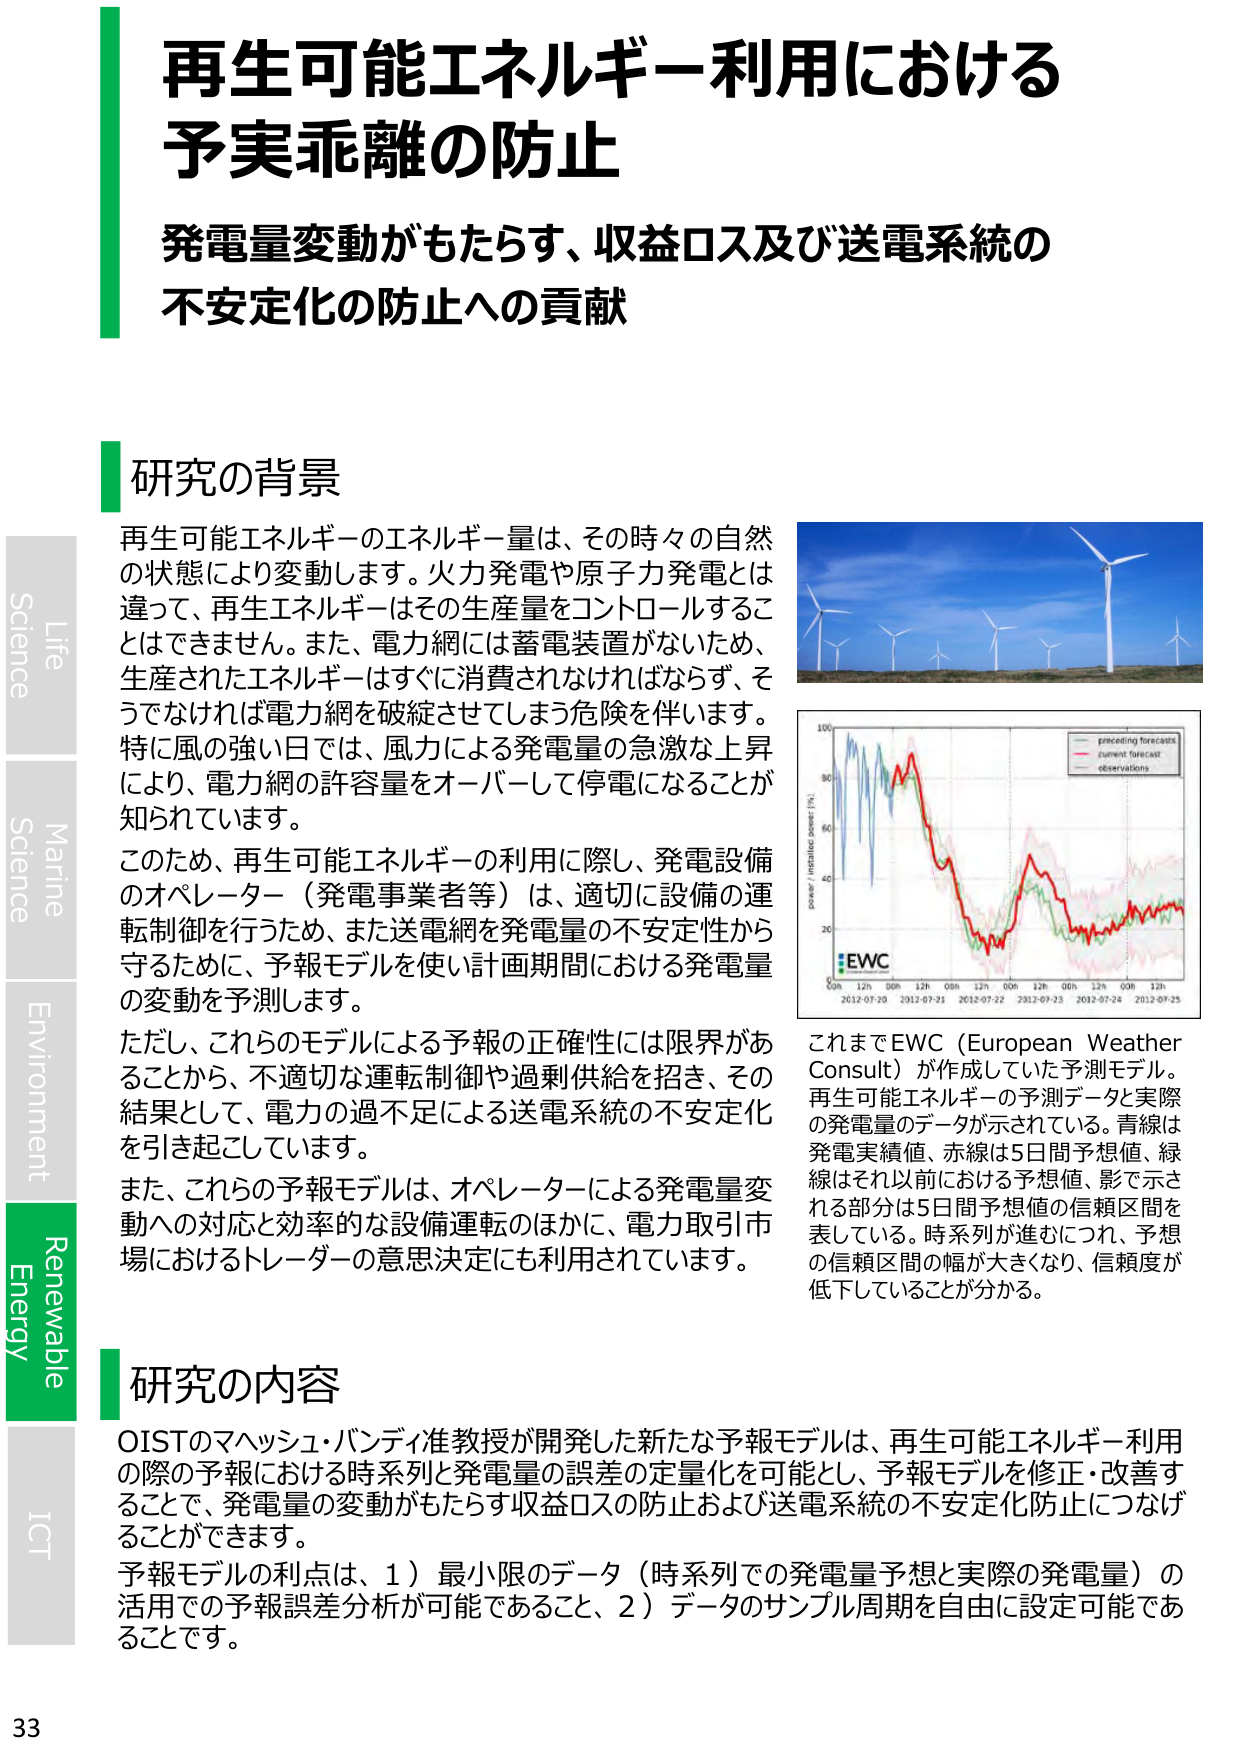
再生可能エネルギー利用における
予実乖離の防止

発電量変動がもたらす、収益ロス及び送電系統の
不安定化の防止への貢献

研究の背景

再生可能エネルギーのエネルギー量は、その時々の自然
の状態により変動します。火力発電や原子力発電とは
違って、再生エネルギーはその生産量をコントロールするこ
とはできません。また、電力網には蓄電装置がないため、
生産されたエネルギーはすぐに消費されなければならず、そ
うでなければ電力網を破綻させてしまう危険を伴います。
特に風の強い日では、風力による発電量の急激な上昇
により、電力網の許容量をオーバーして停電になることが
知られています。

このため、再生可能エネルギーの利用に際し、発電設備
のオペレーター（発電事業者等）は、適切に設備の運
転制御を行うため、また送電網を発電量の不安定性から
守るために、予報モデルを使い計画期間における発電量
の変動を予測します。

ただし、これらのモデルによる予報の正確性には限界があ
ることから、不適切な運転制御や過剰供給を招き、その
結果として、電力の過不足による送電系統の不安定化
を引き起こしています。

また、これらの予報モデルは、オペレーターによる発電量変
動への対応と効率的な設備運転のほかに、電力取引市
場におけるトレーダーの意思決定にも利用されています。

これまでEWC（European Weather Consult）が作成していた予測モデル。
再生可能エネルギーの予測データと実際
の発電量のデータが示されている。青線は
発電実績値、赤線は5日間予想値、緑
線はそれ以前における予想値、影で示さ
れる部分は5日間予想値の信頼区間を
表している。時系列が進むにつれ、予想
の信頼区間の幅が大きくなり、信頼度が
低下していることが分かる。

研究の内容

OISTのマヘッシュ・バンディ准教授が開発した新たな予報モデルは、再生可能エネルギー利用
の際の予報における時系列と発電量の誤差の定量化を可能とし、予報モデルを修正・改善す
ることで、発電量の変動がもたらす収益ロスの防止および送電系統の不安定化防止につなげ
ることができます。

予報モデルの利点は、1）最小限のデータ（時系列での発電量予想と実際の発電量）の
活用での予報誤差分析が可能であること、2）データのサンプル周期を自由に設定可能であ
ることです。

Life
Science
Marine
Science
Environment
Renewable
Energy
ICT

33

preceding forecasts
current forecast
observations
EWC
2012-07-20  2012-07-21  2012-07-22  2012-07-23  2012-07-24  2012-07-25
power / installed power (%)
100
80
60
40
20
0
00h  12h  00h  12h  00h  12h  00h  12h  00h  12h  00h  12h